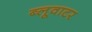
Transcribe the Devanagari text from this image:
ब्लूवाटर